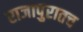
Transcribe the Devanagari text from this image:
राजापुरातच